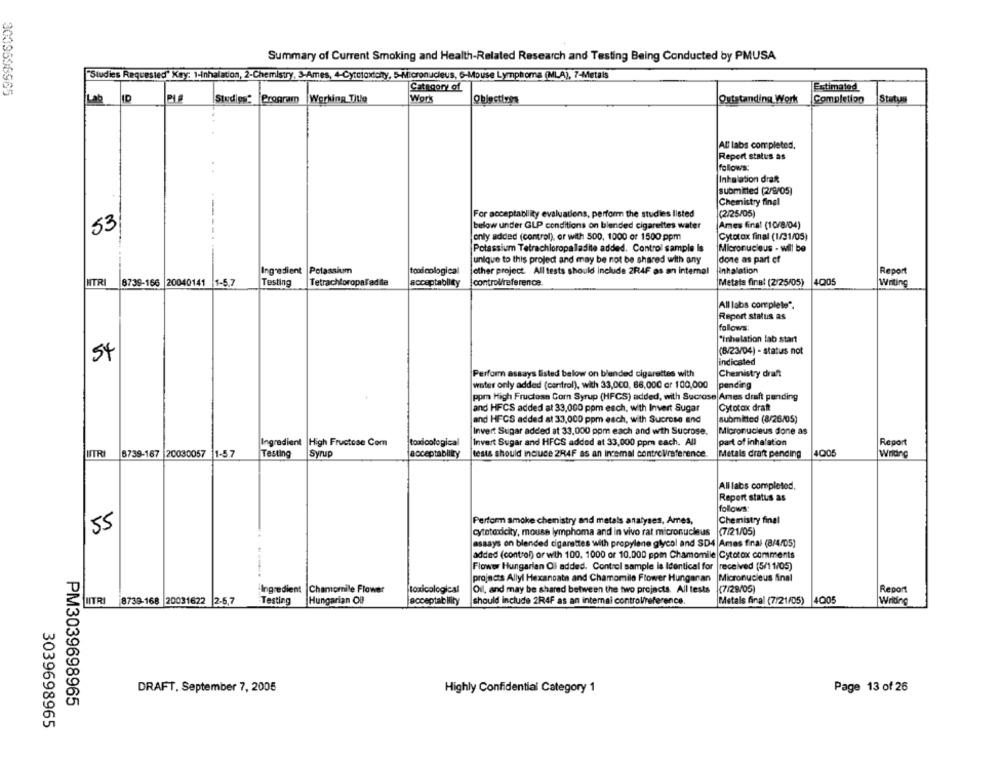
Summary of Current Smoking and Health-Related Research and Testing Being Conducted by PMUSA
"Studies Requested" Key: 1-Inhalation, 2-Chemistry, S-Ames, 4-Cytcloxtony, 5-Micronucleus, 6-Mouse Lymphoma (MLA), 7-Metals
Category of
Estimated
Lab
ID
Studies: Program |Working Title
Work
Outstanding Work
Completion
Statya
All labs completed,
Report status as
follows:
Inhalation draft
submitted (2/9/05)
Chemistry final
For acceptability evaluations, perform the studies listed
(2/25/05)
53
below under GLP conditions on blended cigarettes water
Ames final (10/8/04)
only added (control), or with 500, 1000 or 1500 ppm
Cytotax final (1/31/05)
Potassium Tetrachloropaladite added. Control sample Is
Micronucleus - will be
done as part of
unique to this project and may be not be shared with any
Ingredient Potassium
toodcological
other project. All tests should include 2R4F as an internal
inhalation
Report
8739-166 20040141 1-5.7
Testing
Tetrachloropaladite
acceptability
controlreference
Metals final (2/25/05)
4005
HTRI
Writing
All labs complete".
Report status as
follows
"Inhalation lab start
(8/23/04) - status not
54
indicated
Perform assays listed below on blended cigarettes with
Chemistry draft
water only added (control), with 33,000, 66,000 or 100,000
pending
ppm High Fructose Corn Syrup (HFCS) added, with Sucrose Ames draft pending
and HFCS added at 33,000 ppm esch, with Invert Sugar
Cytotox draft
submitted (8/26/05)
and HFCS added at 33,000 ppm each, with Sucrose and
Invert Sugar added at 33.000 ppm each and wth Sucrose.
Micronucleus done as
Ingredient High Fructose Com
part of inhalation
Report
toxicological
Invert Sugar and HFCS added at 33,000 ppm each. All
ITRI
8739-167 20030057 1
Tasting
Syrup
acceptabliity
tests should include 2R4F as an incemal controlreference
Metals draft pending
4005
Writing
Alllabs completed,
Report status as
follows
Perform smoke chemistry and metals analyses, Ames,
Chemistry final
55
cytotoxicity, mouse lymphoma and in vivo rat micronucleus
(7/21/05)
assays on blended cigarettes with propylene glycol and SD4 Ames final (8/4/05)
added (control) or with 100, 1000 or 10.000 ppm Chamomile Cytotax comments
Flower Hungarian Ol added. Control sample la Identical for |received (5/11/05)
projects Allyl Hexanoate and Chamomile Flower Hungarian
Micronucleus Anal
Ingredient |Chamomile Flower
toxicological
Oil, and may be shared between the two projects. All tests
(7/29/05)
Report
LITRI
8739-168 20031622 2-5.7
Testing
Hungarian Off
acceptab lity
should include 2R4F as an internal control/reference.
Metals final (7/21/05)
4005
Writing
DRAFT, September 7, 2005
Highly Confidential Category 1
Page 13 of 26
PM3039698965
3039698965